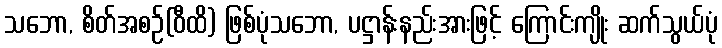
သဘော, စိတ်အစဉ်(ဝီထိ) ဖြစ်ပုံသဘော, ပဋ္ဌာန်းနည်းအားဖြင့် ကြောင်းကျိုး ဆက်သွယ်ပုံ